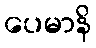
ပေမာနိ